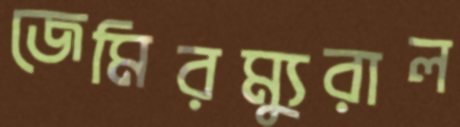
জেমিরম্যুরাল